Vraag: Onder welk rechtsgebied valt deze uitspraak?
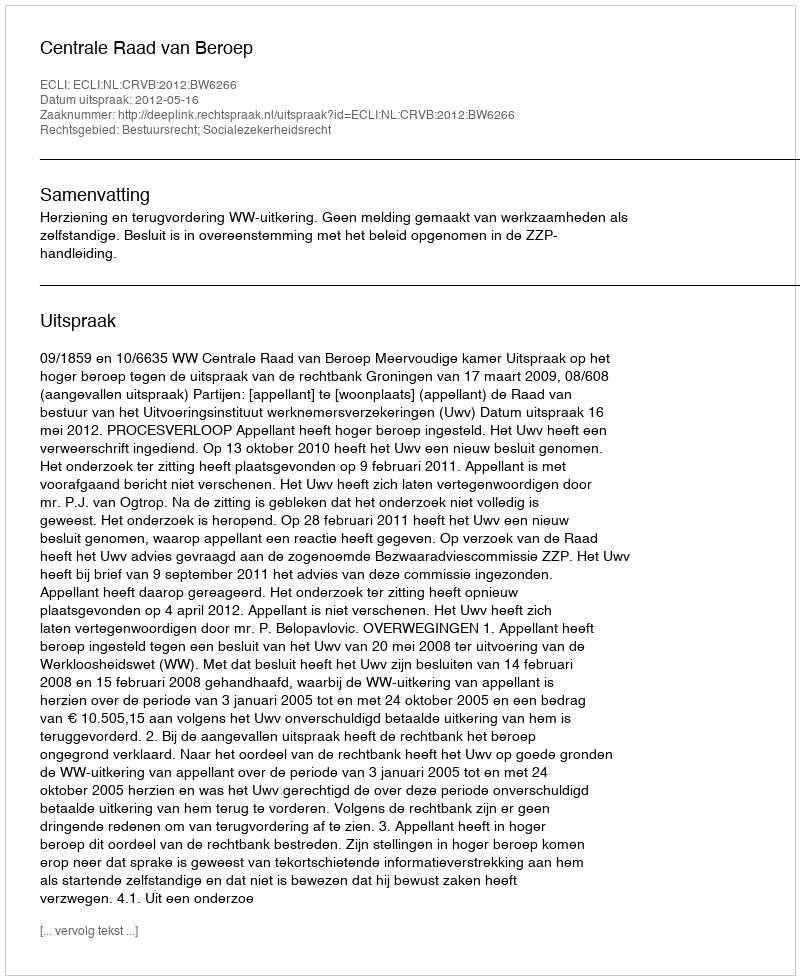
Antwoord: Bestuursrecht; Socialezekerheidsrecht